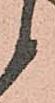
候